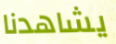
يشاهدنا